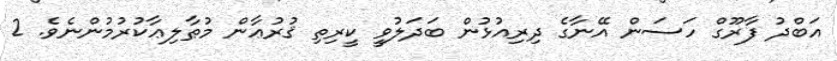
އަބްދު ފާރޫގް ހަސަން އޭނާގެ ދިރިއުޅުން ބަދަލުވީ ކީރިތި ޤުރުޢާން މުޠާލިޢާކުރުމުންނެވެ. 2